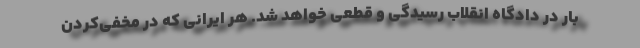
بار در دادگاه انقلاب رسیدگی و قطعی خواهد شد. هر ایرانی که در مخفی‌کردن